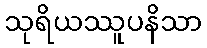
သုရိယဿူပနိသာ